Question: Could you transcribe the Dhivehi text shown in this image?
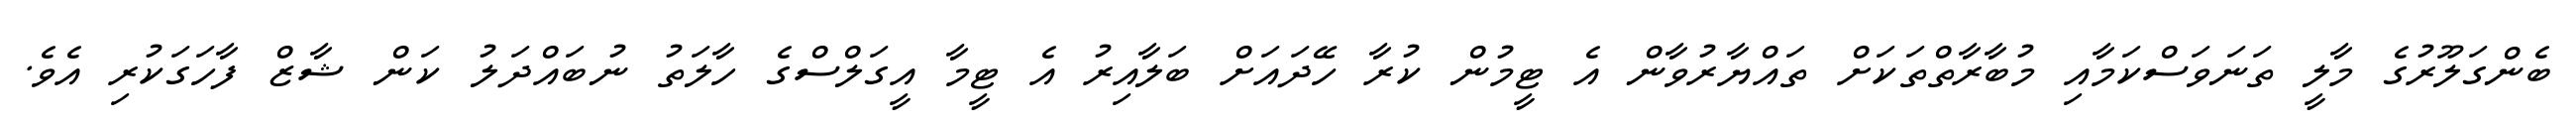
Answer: ބެންގަލޫރުގެ މާލީ ތަނަވަސްކަމާއި މުބާރާތްތަކަށް ތައްޔާރުވާން އެ ޓީމުން ކުރާ ހޭދައަށް ބަލާއިރު އެ ޓީމާ އީގަލްސްގެ ހާލަތު ނުބައްދަލު ކަން ޝާޒް ފާހަގަކުރި އެވެ.